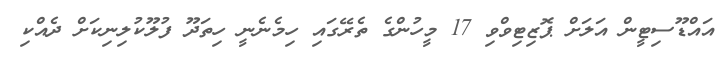
އައްޑޫސިޓީން އަލަށް ޕޮޒިޓިވްވި 17 މީހުންގެ ތެރޭގައި ހިމެނެނީ ހިތަދޫ ފުލޫކުލިނިކަށް ދެއްކި